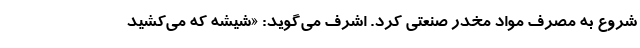
شروع به مصرف مواد مخدر صنعتی کرد. ‌اشرف می‌گوید: «شیشه که می‌کشید